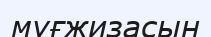
мұғжизасын